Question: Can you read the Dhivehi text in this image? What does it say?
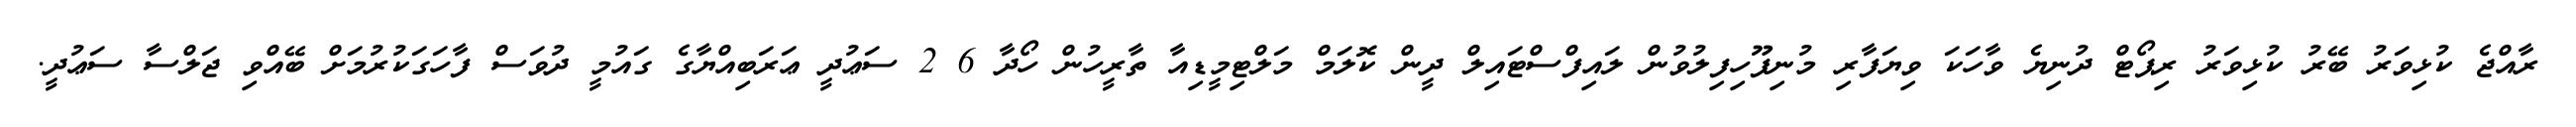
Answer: ރާއްޖެ ކުޅިވަރު ބޭރު ކުޅިވަރު ރިޕޯޓް ދުނިޔެ ވާހަކަ ވިޔަފާރި މުނިފޫހިފިލުވުން ލައިފްސްޓައިލް ދީން ކޮލަމް މަލްޓިމީޑިއާ ތާރީހުން ހޯދާ 6 2 ސަޢުދީ ޢަރަބިއްޔާގެ ގައުމީ ދުވަސް ފާހަގަކުރުމަށް ބޭއްވި ޖަލްސާ ސަޢުދީ.